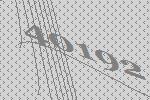
40192